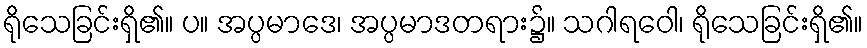
ရိုသေခြင်းရှိ၏။ ပ။ အပ္ပမာဒေ၊ အပ္ပမာဒတရား၌။ သဂါရဝေါ၊ ရိုသေခြင်းရှိ၏။